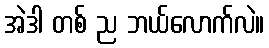
အဲဒါ တစ် ည ဘယ်လောက်လဲ။